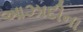
આઝાદીના